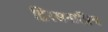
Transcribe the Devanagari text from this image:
द्विरसनाप्रिय